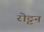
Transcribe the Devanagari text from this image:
रोट्टन